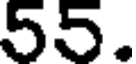
55.